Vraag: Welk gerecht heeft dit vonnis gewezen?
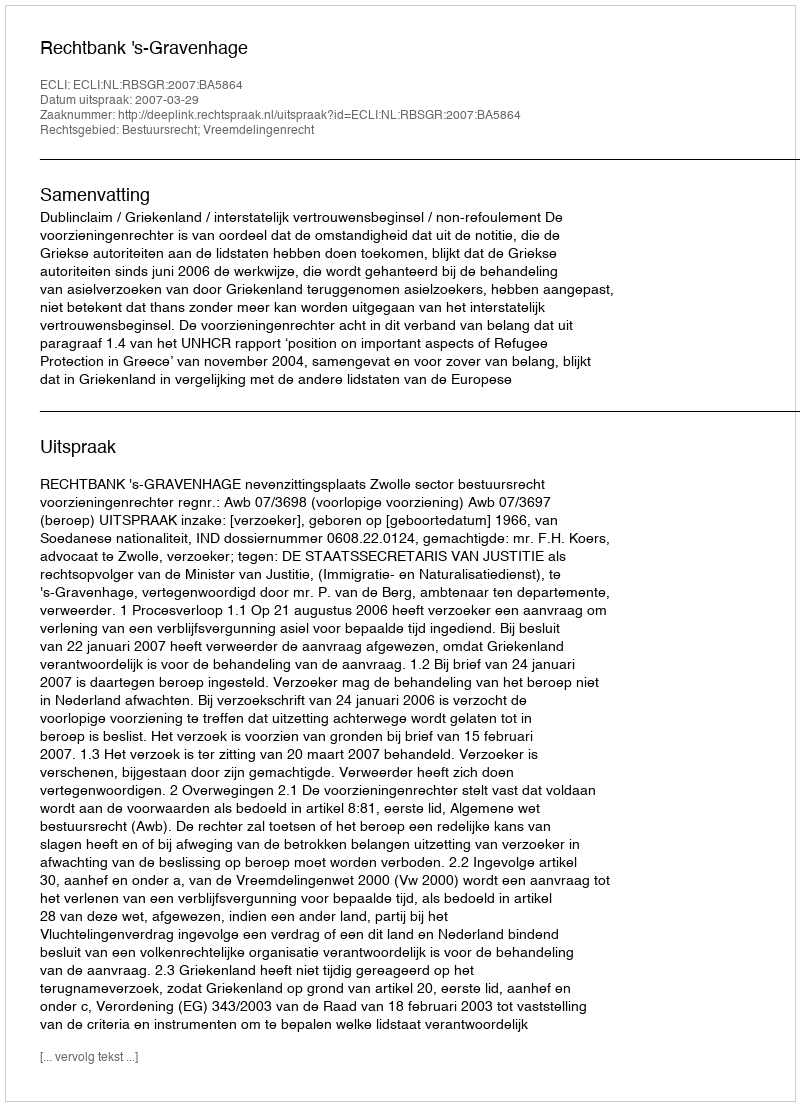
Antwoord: Rechtbank 's-Gravenhage